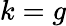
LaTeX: k=g